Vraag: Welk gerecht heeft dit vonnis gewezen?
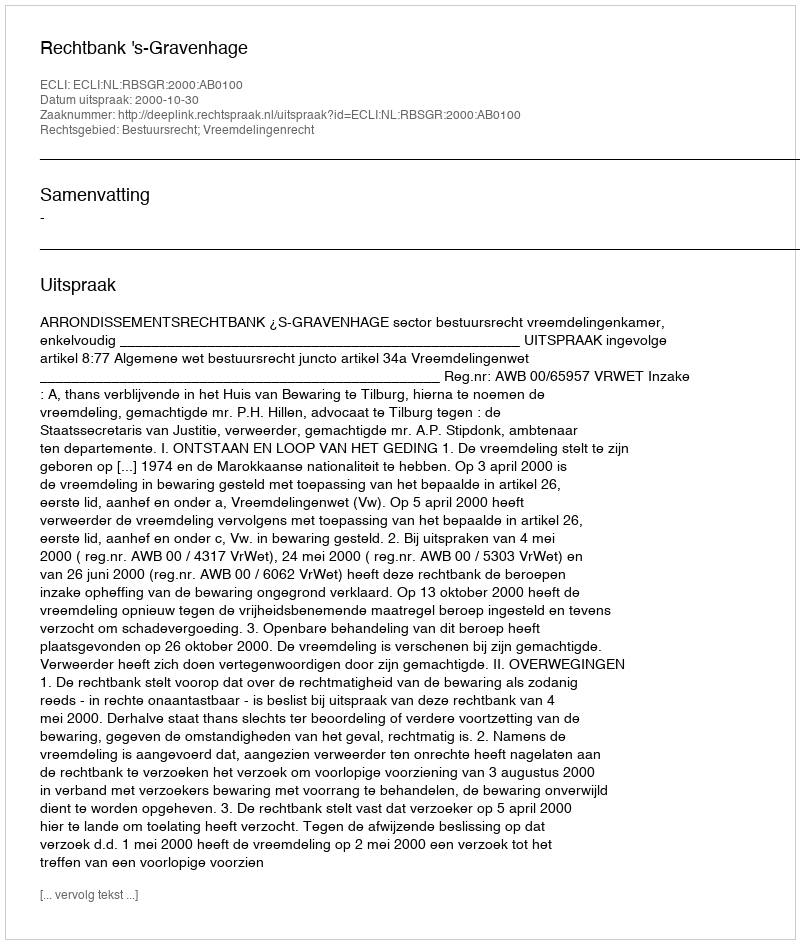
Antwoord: Rechtbank 's-Gravenhage